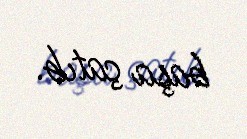
başa çatıb.